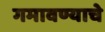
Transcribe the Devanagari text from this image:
गमावण्याचे